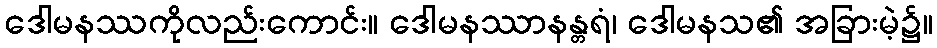
ဒေါမနဿကိုလည်းကောင်း။ ဒေါမနဿာနန္တရံ၊ ဒေါမနသ၏ အခြားမဲ့၌။